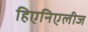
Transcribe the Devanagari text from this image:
हिएनिएलीज